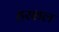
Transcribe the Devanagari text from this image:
हरशल